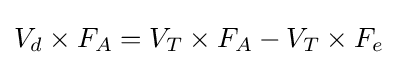
V_{d}\times F_{A}=V_{T}\times F_{A}-V_{T}\times F_{e}